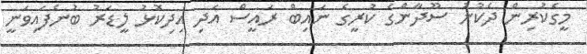
މީގެކުރިން ދެކުނު ސޫދާންގެ ކުރީގެ ނައިބް ރައީސް އަދި އިދިކޮޅު ލީޑަރު ބުނެފައިވަނީ